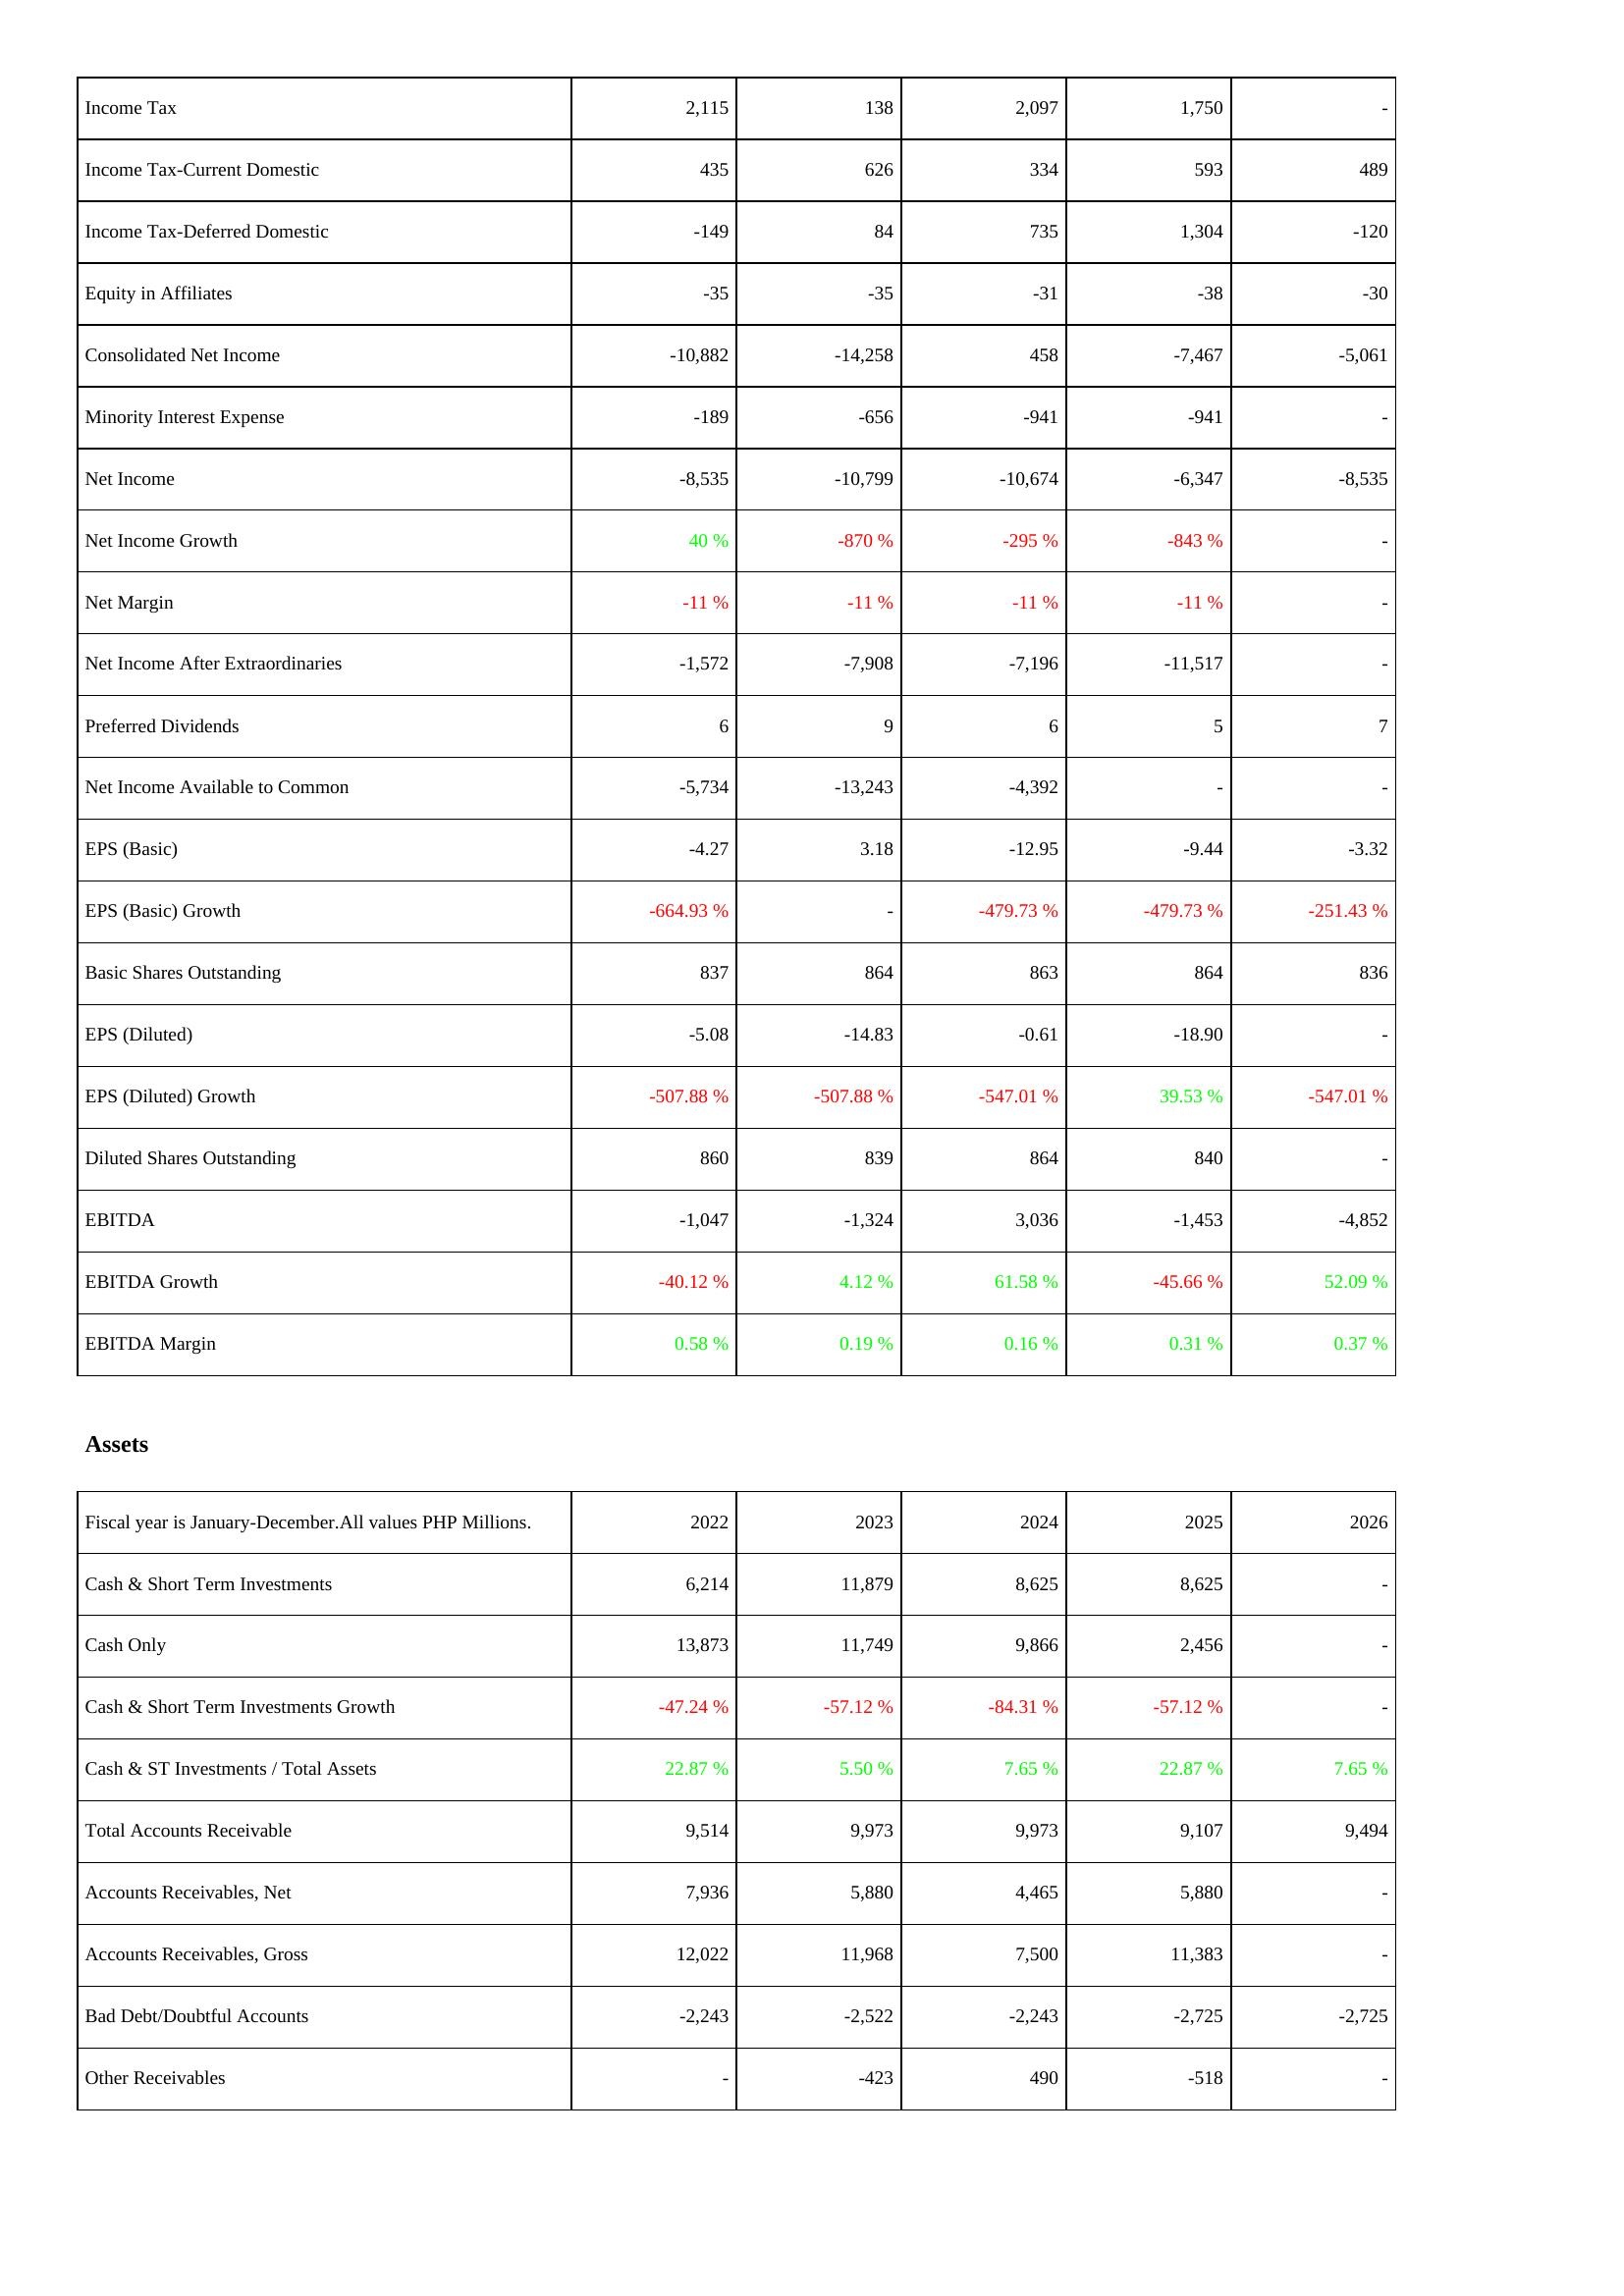
2022: Income Statement: Income Tax: 2,115
Income Tax-Current Domestic: 435
Income Tax-Deferred Domestic: -149
Equity in Affiliates: -35
Consolidated Net Income: -10,882
Minority Interest Expense: -189
Net Income: -8,535
Net Income Growth: 40 %
Net Margin: -11 %
Net Income After Extraordinaries: -1,572
Preferred Dividends: 6
Net Income Available to Common: -5,734
EPS (Basic): -4.27
EPS (Basic) Growth: -664.93 %
Basic Shares Outstanding: 837
EPS (Diluted): -5.08
EPS (Diluted) Growth: -507.88 %
Diluted Shares Outstanding: 860
EBITDA: -1,047
EBITDA Growth: -40.12 %
EBITDA Margin: 0.58 %
Assets: Cash & Short Term Investments: 6,214
Cash Only: 13,873
Cash & Short Term Investments Growth: -47.24 %
Cash & ST Investments / Total Assets: 22.87 %
Total Accounts Receivable: 9,514
Accounts Receivables, Net: 7,936
Accounts Receivables, Gross: 12,022
Bad Debt/Doubtful Accounts: -2,243
Other Receivables: -
2023: Income Statement: Income Tax: 138
Income Tax-Current Domestic: 626
Income Tax-Deferred Domestic: 84
Equity in Affiliates: -35
Consolidated Net Income: -14,258
Minority Interest Expense: -656
Net Income: -10,799
Net Income Growth: -870 %
Net Margin: -11 %
Net Income After Extraordinaries: -7,908
Preferred Dividends: 9
Net Income Available to Common: -13,243
EPS (Basic): 3.18
EPS (Basic) Growth: -
Basic Shares Outstanding: 864
EPS (Diluted): -14.83
EPS (Diluted) Growth: -507.88 %
Diluted Shares Outstanding: 839
EBITDA: -1,324
EBITDA Growth: 4.12 %
EBITDA Margin: 0.19 %
Assets: Cash & Short Term Investments: 11,879
Cash Only: 11,749
Cash & Short Term Investments Growth: -57.12 %
Cash & ST Investments / Total Assets: 5.50 %
Total Accounts Receivable: 9,973
Accounts Receivables, Net: 5,880
Accounts Receivables, Gross: 11,968
Bad Debt/Doubtful Accounts: -2,522
Other Receivables: -423
2024: Income Statement: Income Tax: 2,097
Income Tax-Current Domestic: 334
Income Tax-Deferred Domestic: 735
Equity in Affiliates: -31
Consolidated Net Income: 458
Minority Interest Expense: -941
Net Income: -10,674
Net Income Growth: -295 %
Net Margin: -11 %
Net Income After Extraordinaries: -7,196
Preferred Dividends: 6
Net Income Available to Common: -4,392
EPS (Basic): -12.95
EPS (Basic) Growth: -479.73 %
Basic Shares Outstanding: 863
EPS (Diluted): -0.61
EPS (Diluted) Growth: -547.01 %
Diluted Shares Outstanding: 864
EBITDA: 3,036
EBITDA Growth: 61.58 %
EBITDA Margin: 0.16 %
Assets: Cash & Short Term Investments: 8,625
Cash Only: 9,866
Cash & Short Term Investments Growth: -84.31 %
Cash & ST Investments / Total Assets: 7.65 %
Total Accounts Receivable: 9,973
Accounts Receivables, Net: 4,465
Accounts Receivables, Gross: 7,500
Bad Debt/Doubtful Accounts: -2,243
Other Receivables: 490
2025: Income Statement: Income Tax: 1,750
Income Tax-Current Domestic: 593
Income Tax-Deferred Domestic: 1,304
Equity in Affiliates: -38
Consolidated Net Income: -7,467
Minority Interest Expense: -941
Net Income: -6,347
Net Income Growth: -843 %
Net Margin: -11 %
Net Income After Extraordinaries: -11,517
Preferred Dividends: 5
Net Income Available to Common: -
EPS (Basic): -9.44
EPS (Basic) Growth: -479.73 %
Basic Shares Outstanding: 864
EPS (Diluted): -18.90
EPS (Diluted) Growth: 39.53 %
Diluted Shares Outstanding: 840
EBITDA: -1,453
EBITDA Growth: -45.66 %
EBITDA Margin: 0.31 %
Assets: Cash & Short Term Investments: 8,625
Cash Only: 2,456
Cash & Short Term Investments Growth: -57.12 %
Cash & ST Investments / Total Assets: 22.87 %
Total Accounts Receivable: 9,107
Accounts Receivables, Net: 5,880
Accounts Receivables, Gross: 11,383
Bad Debt/Doubtful Accounts: -2,725
Other Receivables: -518
2026: Income Statement: Income Tax: -
Income Tax-Current Domestic: 489
Income Tax-Deferred Domestic: -120
Equity in Affiliates: -30
Consolidated Net Income: -5,061
Minority Interest Expense: -
Net Income: -8,535
Net Income Growth: -
Net Margin: -
Net Income After Extraordinaries: -
Preferred Dividends: 7
Net Income Available to Common: -
EPS (Basic): -3.32
EPS (Basic) Growth: -251.43 %
Basic Shares Outstanding: 836
EPS (Diluted): -
EPS (Diluted) Growth: -547.01 %
Diluted Shares Outstanding: -
EBITDA: -4,852
EBITDA Growth: 52.09 %
EBITDA Margin: 0.37 %
Assets: Cash & Short Term Investments: -
Cash Only: -
Cash & Short Term Investments Growth: -
Cash & ST Investments / Total Assets: 7.65 %
Total Accounts Receivable: 9,494
Accounts Receivables, Net: -
Accounts Receivables, Gross: -
Bad Debt/Doubtful Accounts: -2,725
Other Receivables: -